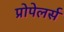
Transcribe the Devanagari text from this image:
प्रोपेलर्स